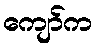
ကျော်က